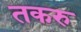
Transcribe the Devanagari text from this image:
तकरु